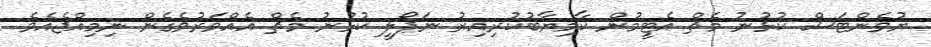
ޔުވެންޓަސް ކުޅުނު މެޗް އެޓީމުން ކާމިޔާބުކުރިއިރު ނަޕޯލީ ކުޅުނު މެޗް އެއްވަރުވެގެން ނިމިއްޖެއެވެ.